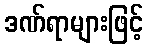
ဒဏ်ရာများဖြင့်